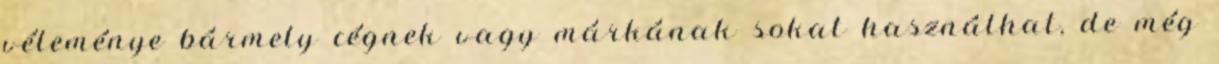
véleménye bármely cégnek vagy márkának sokat használhat, de még